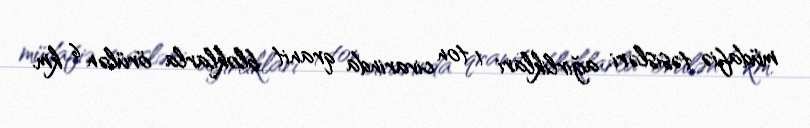
müdafiə təsisləri, ağirliklari 1 ton civarinda qranit bloklarla örülən 6 km.